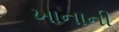
ખાનાની